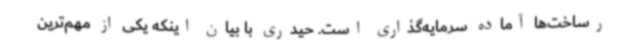
رساخت‌ها آماده سرمایه‌گذاری است. حیدری با بیان اینکه یکی از مهم‌ترین